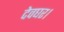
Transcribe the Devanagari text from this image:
देवघर।